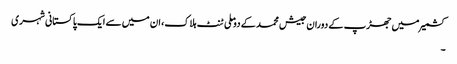
کشمیر میں جھڑپ کے دوران جیش محمد کے دو ملی ٹنٹ ہلاک، ان میں سے ایک پاکستانی شہری
۔